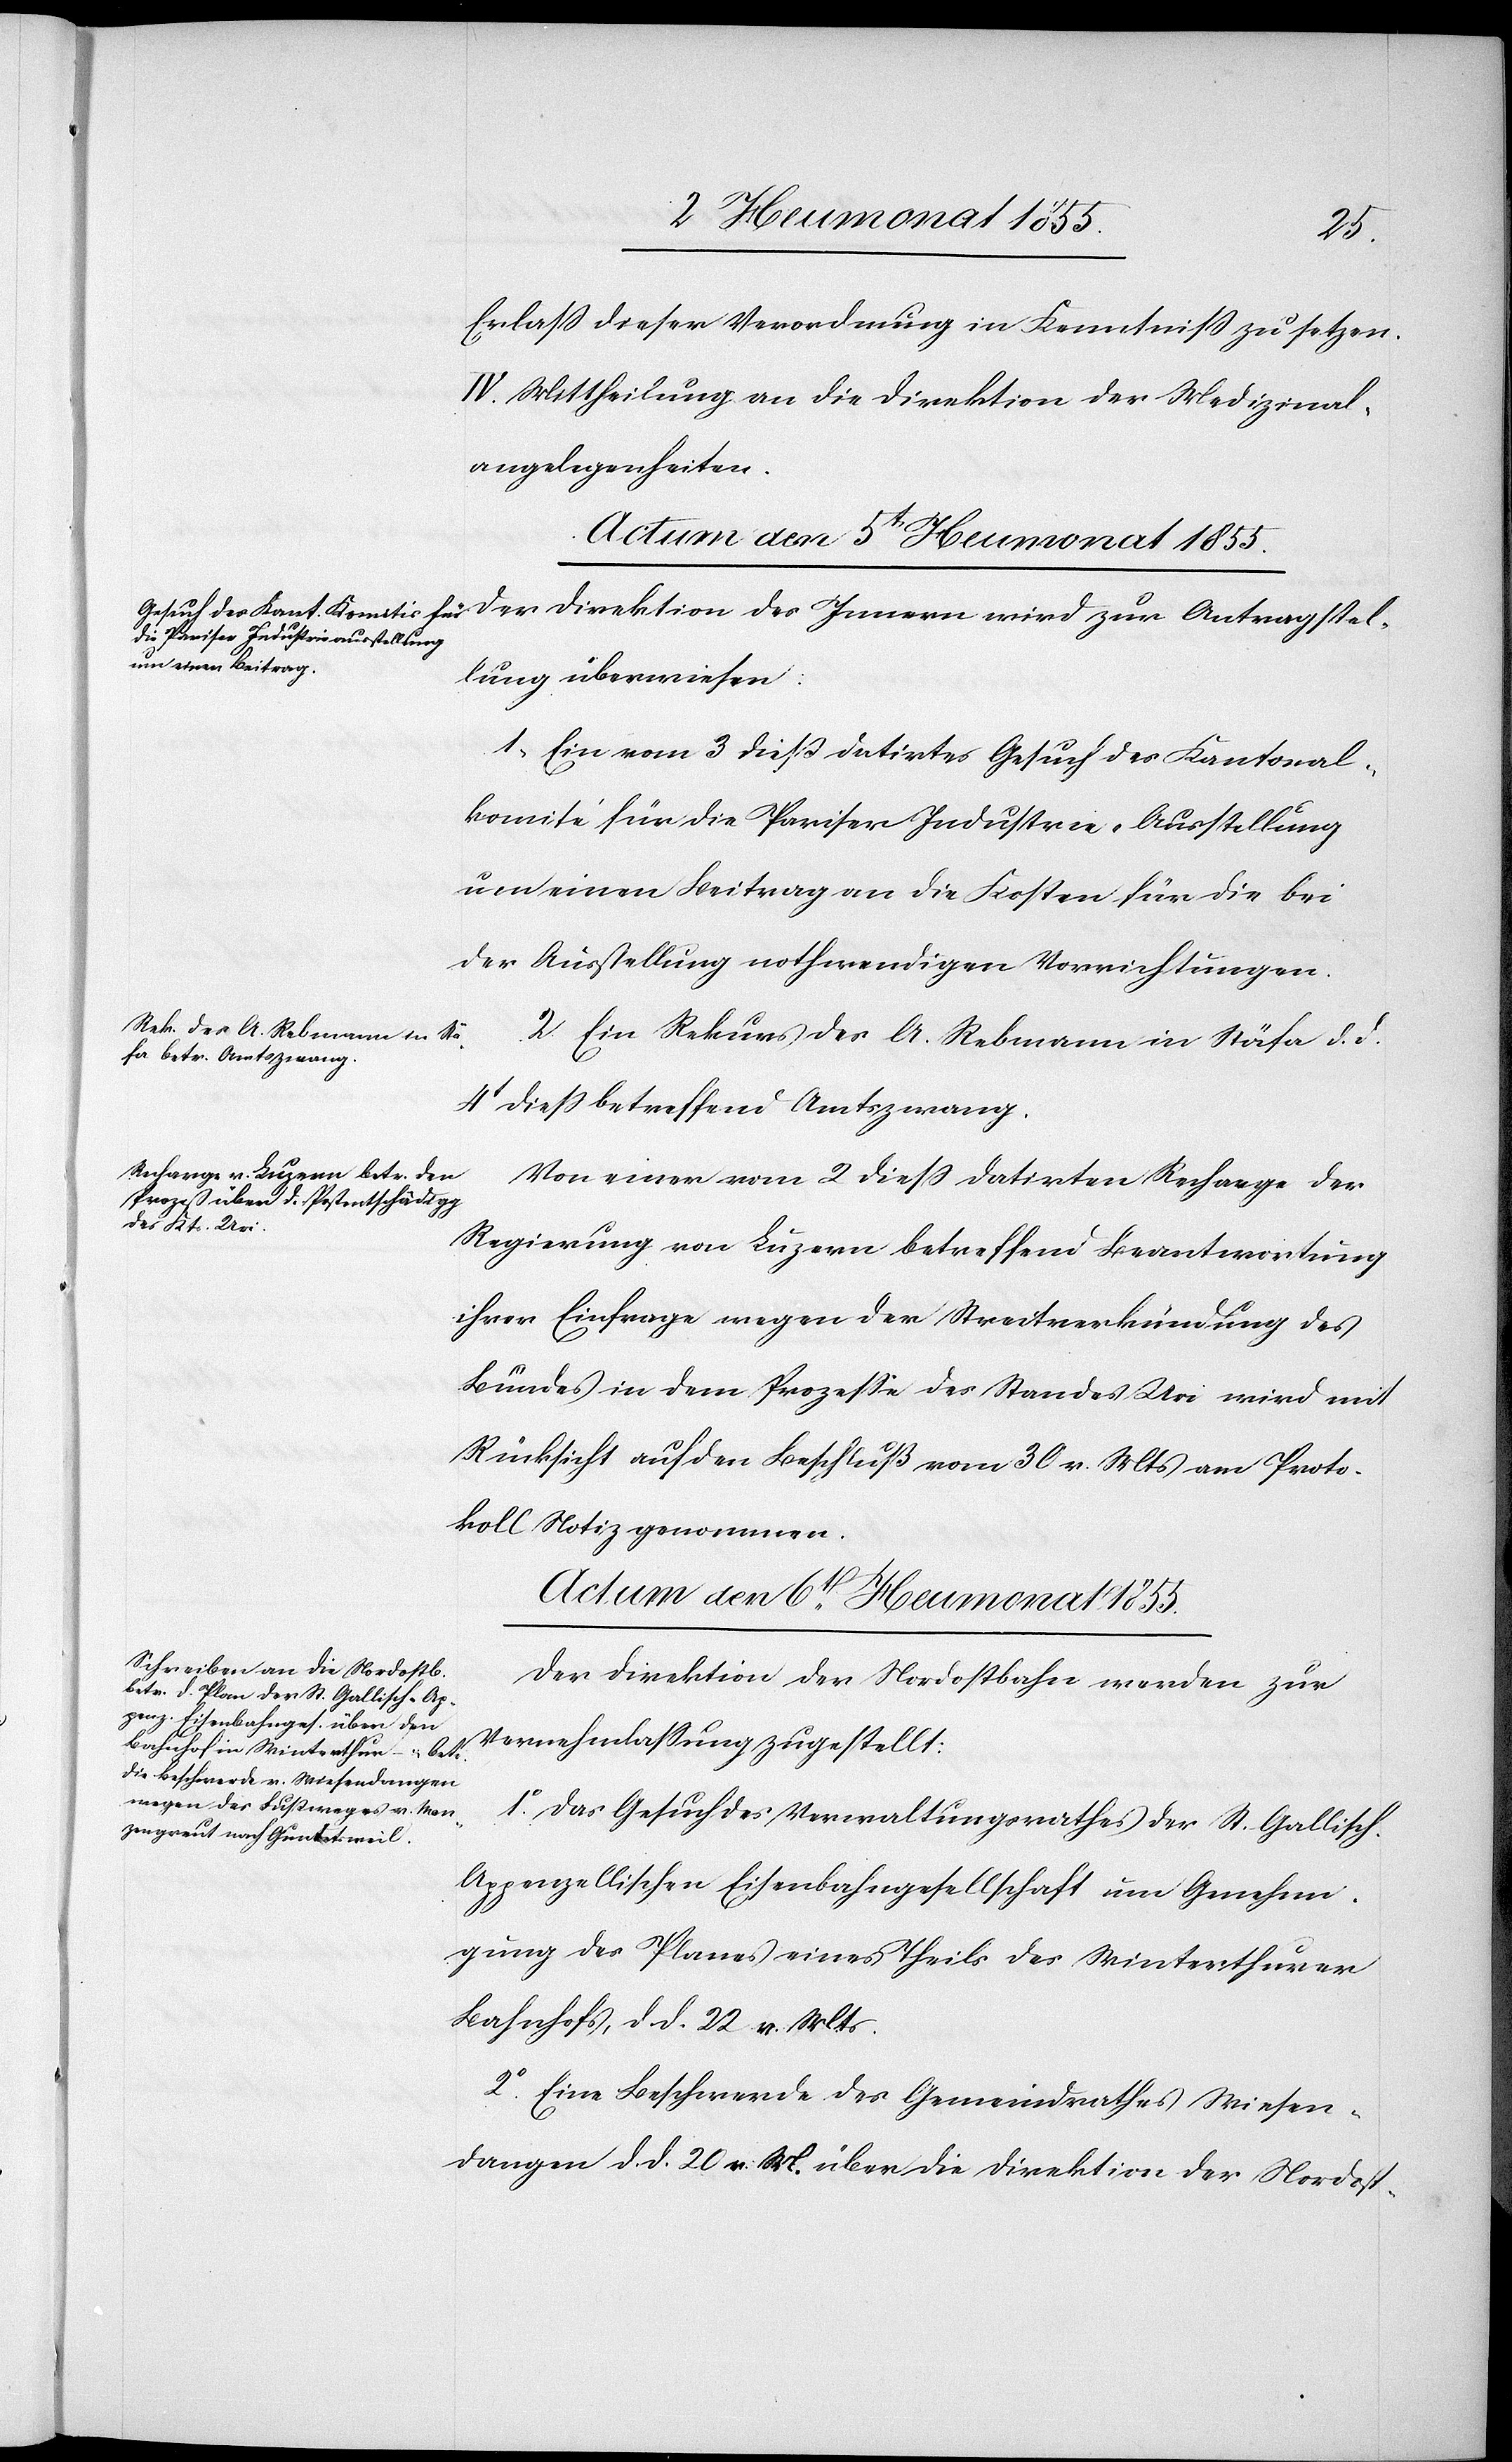
Erlass dieser Verordnung in Kenntniss zu setzen.
IV. Mittheilung an die Direktion der Medizinal¬
angelegenheiten.
Actum, den 5t Heumonat 1855.]
Der Direktion des Innern wird zur Antragstel¬
lung überwiesen:
1, Ein vom 3 dieß datirtes Gesuch des Kantonal¬
komité für die Pariser Industrie-Ausstellung
um einen Beitrag an die Kosten für die bei
der Ausstellung nothwendigen Vorrichtungen.
2. Ein Rekurs des A. Rebmann in Stäfa d. d.
4t diess betreffend Amtszwang.
Von einer vom 2 diess datirten Recharge der
Regierung von Luzern betreffend Beantwortung
ihrer Einfrage wegen der Streitverkündung des
Bundes in dem Prozesse des Standes Uri wird mit
Rücksicht auf den Beschluß vom 30 v. Mts am Proto¬
koll Notiz genommen.
Actum den 6t[en] Heumonat 1855.
Der Direktion der Nordostbahn werden zur
Vernehmlassung zugestellt:
1o. Das Gesuch des Verwaltungsrathes der St. Gallisch-A¬
ppenzellischen Eisenbahngesellschaft um Genehmi¬
gung des Planes eines Theils des Winterthurer
Bahnhofs, d. d. 22 v. Mts.
2o. Eine Beschwerde des Gemeindrathes Wiesen¬
dangen d. d. 20 v. M. über die Direktion der Nordost-